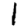
Digit: 1